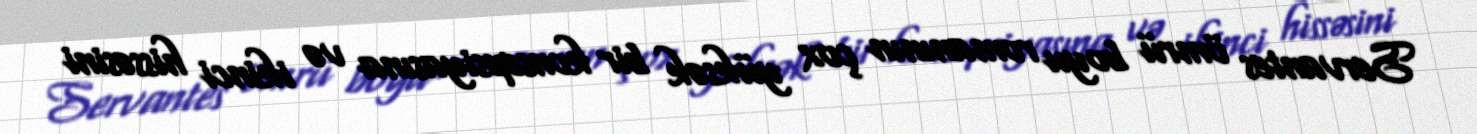
Servantes ömrü boyu romanının çox yüksək bir konsepsiyasına və ikinci hissəsini